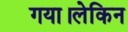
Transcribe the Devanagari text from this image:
गया।लेकिन